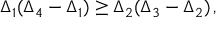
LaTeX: \Delta _ { 1 } ( \Delta _ { 4 } - \Delta _ { 1 } ) \ge \Delta _ { 2 } ( \Delta _ { 3 } - \Delta _ { 2 } ) \, ,